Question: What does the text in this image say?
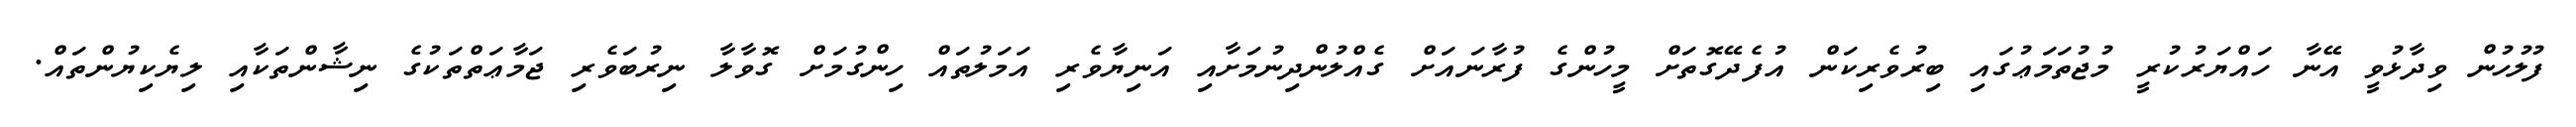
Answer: ފުލުހުން ވިދާޅުވީ އޭނާ ހައްޔަރުކުރީ މުޖުތަމަޢުގައި ބިރުވެރިކަން އުފެދޭގޮތަށް މީހުންގެ ފުރާނައަށް ގެއްލުންދިނުމަށާއި އަނިޔާވެރި އަމަލުތައް ހިންގުމަށް ގޮވާލާ ނިރުބަވެރި ޖަމާޢަތްތަކުގެ ނިޝާންތަކާއި ލިޔެކިޔުންތައް.